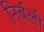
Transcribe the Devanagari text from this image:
निर्बली